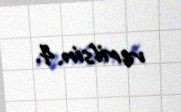
verilsin.4.